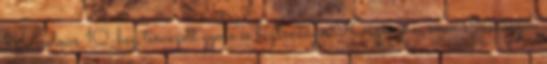
Windows 10-hez tervezett gyors és biztonságos Köszönöm, nem Csomagok